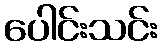
ပေါင်းသင်း